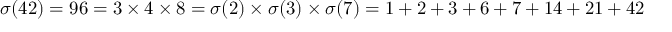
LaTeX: \sigma ( 4 2 ) = 9 6 = 3 \times 4 \times 8 = \sigma ( 2 ) \times \sigma ( 3 ) \times \sigma ( 7 ) = 1 + 2 + 3 + 6 + 7 + 1 4 + 2 1 + 4 2